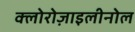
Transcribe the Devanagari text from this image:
क्लोरोज़ाइलीनोल